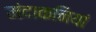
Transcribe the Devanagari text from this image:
मंदाकनियां